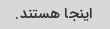
اینجا هستند.